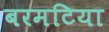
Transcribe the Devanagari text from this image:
बरमटिया